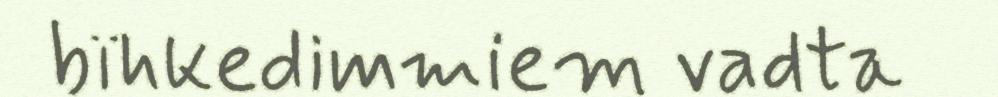
bïhkedimmiem vadta